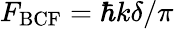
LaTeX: F_{\mathrm{BCF}}=\hbar k\delta/\pi